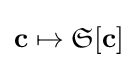
\mathbf {c} \mapsto {\mathfrak {S}}[\mathbf {c} ]